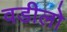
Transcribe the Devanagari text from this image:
वडीलो